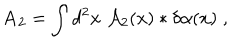
{ \bf A } _ { 2 } = \int d ^ { 2 } x \; { \cal A } _ { 2 } ( x ) * \delta \alpha ( x ) \; ,